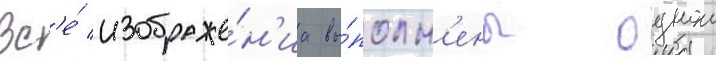
Вс'е́ изображе́н'иа вы́полн'ены однои